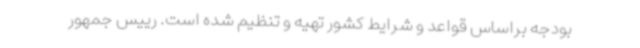
بودجه براساس قواعد و شرایط کشور تهیه و تنظیم شده است. رییس جمهور